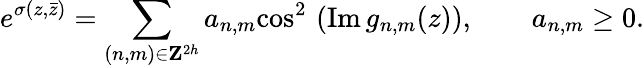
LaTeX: e^{\sigma(z,\bar{z})}=\sum_{({n,m})\in{\mathbf Z}^{2h}}a_{n,m}\mathrm{cos}^{2}\, \left(\mathrm{Im}\, g_{n,m}(z)\right),\qquad a_{n,m}\ge 0.